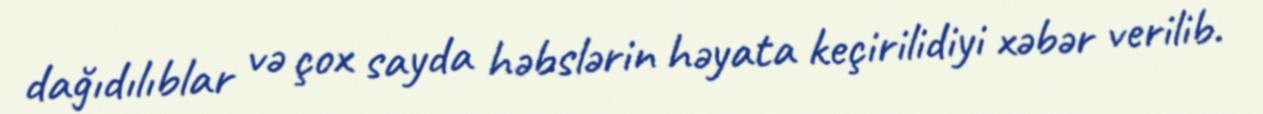
dağıdılıblar və çox sayda həbslərin həyata keçirilidiyi xəbər verilib.